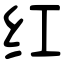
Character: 红